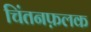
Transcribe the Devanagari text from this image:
चिंतनफ़लक